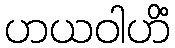
ဟယဝါဟိံ